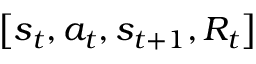
\left[ { { s _ { t } } , { a _ { t } } , { s _ { t + 1 } } , { R _ { t } } } \right]